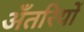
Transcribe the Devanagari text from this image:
अँतरियों